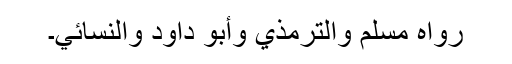
رَوَاہُ مُسْلِمٌ وَالتِّرْمِذِيُّ وَأَبُوْ دَاوُدَ وَالنَّسَائِيُّ۔